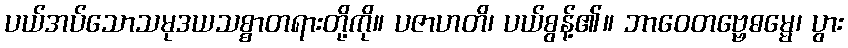
ပယ်အပ်သောသမုဒယသစ္စာတရားတို့ကို။ ပဇာဟတိ၊ ပယ်စွန့်၏။ ဘာဝေတဗ္ဗေဓမ္မေ၊ ပွား